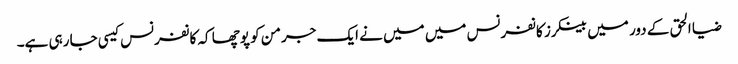
ضیا الحق کے دور میں بینکرز کانفرنس میں میں نے ایک جرمن کو پوچھا کہ کانفرنس کیسی جا رہی ہے۔